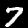
Label: 7